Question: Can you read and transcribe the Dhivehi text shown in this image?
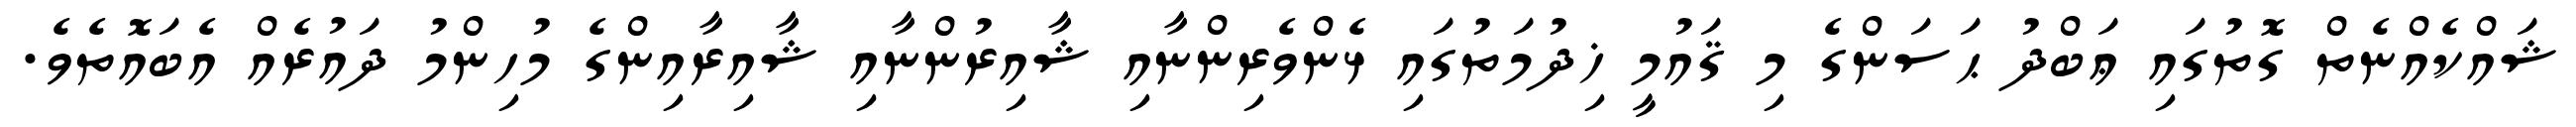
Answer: ޝައްކެއްނެތް ގޮތުގައި ޢަބްދު ޙަސަންގެ މި ޤައުމީ ޚިދުމަތުގައި ޅެންވެރިންނާއި ޝާއިރުންނާއި ޝާއިރާއިންގެ މުހިންމު ދައުރެއް އެބައޮތެވެ.